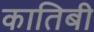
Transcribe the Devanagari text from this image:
कातिबी